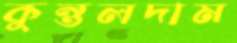
কুন্তলদাম